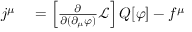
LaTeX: \begin{array} { r l } { j ^ { \mu } } & { { } = \left[ { \frac { \partial } { \partial ( \partial _ { \mu } \varphi ) } } { \mathcal { L } } \right] Q [ \varphi ] - f ^ { \mu } } \end{array}